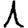
Digit: 1